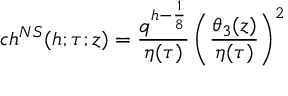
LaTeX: c h ^ { N S } ( h ; \tau ; z ) = { \frac { q ^ { h - { \frac { 1 } { 8 } } } } { \eta ( \tau ) } } \left( { \frac { \theta _ { 3 } ( z ) } { \eta ( \tau ) } } \right) ^ { 2 }